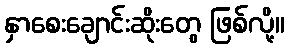
နှာစေးချောင်းဆိုးတွေ ဖြစ်လို့။